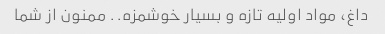
داغ، مواد اولیه تازه و بسیار خوشمزه.. ممنون از شما